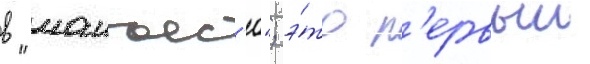
в "манъес'ю"; э́то п'ервыи